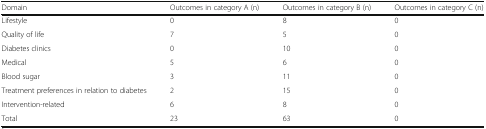
| Domain | Outcomes in category A (n) | Outcomes in category B (n) | Outcomes in category C (n) |
 | --- | --- | --- | --- |
 | Lifestyle | 0 | 8 | 0 |
 | Quality of life | 7 | 5 | 0 |
 | Diabetes clinics | 0 | 10 | 0 |
 | Medical | 5 | 6 | 0 |
 | Blood sugar | 3 | 11 | 0 |
 | Treatment preferences in relation to diabetes | 2 | 15 | 0 |
 | Intervention-related | 6 | 8 | 0 |
 | Total | 23 | 63 | 0 |